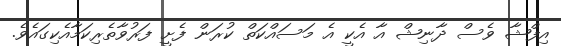
އިފްޝާ ވެސް ދާނިޝް އާ އެކީ އެ މަސައްކަތް ކުރަން ފެށީ ފަރުވާތެރިކަމާއެކިގައެވެ.